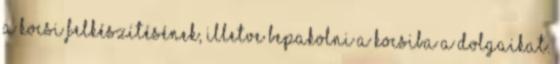
a kocsi felkészítésének, illetve bepakolni a kocsiba a dolgaikat.